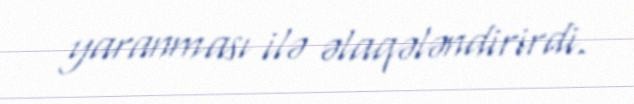
yaranması ilə əlaqələndirirdi.